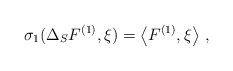
\begin{align*}\sigma_1(\Delta_S F^{(1)},\xi)=\left< F^{(1)},\xi\right>\,,\end{align*}